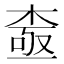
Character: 𱣵